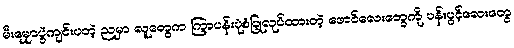
မီးမျှောပွဲကျင်းပတဲ့ ညမှာ လူတွေက ကြာပန်းပုံစံပြုလုပ်ထားတဲ့ ဖောင်လေးတွေကို ပန်းပွင့်လေးတွေ